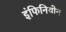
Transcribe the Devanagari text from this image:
इंफिनियोन